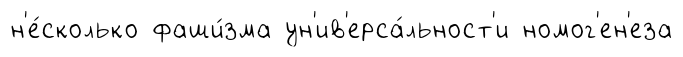
н'е́сколько фаши́зма ун'ив'ерса́льност'и номог'ен'еза